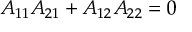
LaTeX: A _ { 1 1 } A _ { 2 1 } + A _ { 1 2 } A _ { 2 2 } = 0